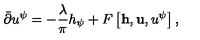
\bar { \partial } u ^ { \psi } = - { \frac { \lambda } { \pi } } h _ { \psi } + F \left[ { \bf h } , { \bf u } , u ^ { \psi } \right] ,